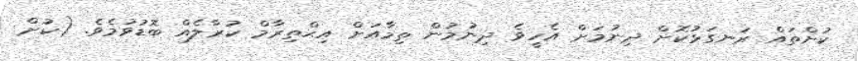
ކުށްތައް ރަނގަޅުކޮށް ދިނުމަށް އެހީވެ ދިނުމުން ތިމާއަށް އިޙްތިރާމް ކުރާލެއް ބޮޑުވުމެވެ. (ކުށް